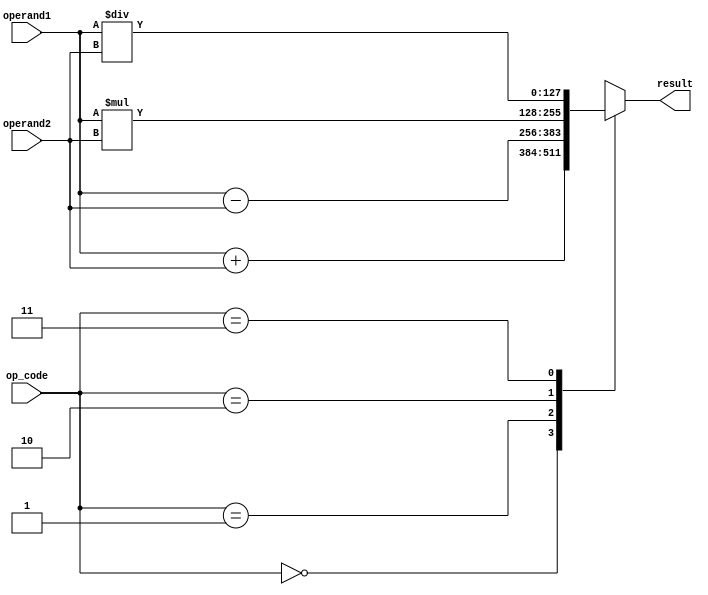
module quadruple_precision_fpu(
    input [127:0] operand1,
    input [127:0] operand2,
    input [1:0] op_code,
    output reg [127:0] result
);

always @ (op_code or operand1 or operand2) begin
    case(op_code)
        2'b00: // Addition
            result = operand1 + operand2;
        2'b01: // Subtraction
            result = operand1 - operand2;
        2'b10: // Multiplication
            result = operand1 * operand2;
        2'b11: // Division
            result = operand1 / operand2;
    endcase
end

endmodule